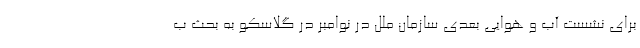
برای نشست آب و هوایی بعدی سازمان ملل در نوامبر در گلاسکو به بحث ب